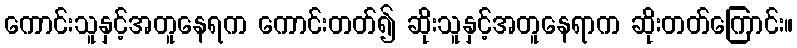
ကောင်းသူနှင့်အတူနေရက ကောင်းတတ်၍ ဆိုးသူနှင့်အတူနေရာက ဆိုးတတ်ကြောင်း။